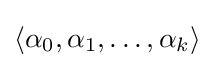
\langle \alpha _{0},\alpha _{1},\ldots ,\alpha _{k}\rangle